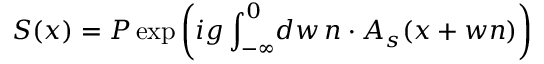
S ( x ) = P \exp \left( i g \int _ { - \infty } ^ { 0 } \! d w \, n \cdot A _ { s } ( x + w n ) \right)